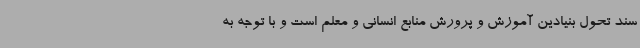
سند تحول بنیادین آموزش و پرورش منابع انسانی و معلم است و با توجه به